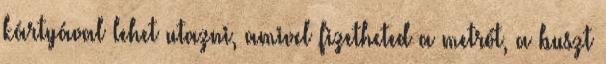
kártyával lehet utazni, amivel fizetheted a metrót, a buszt